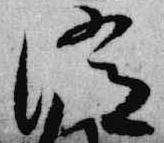
消